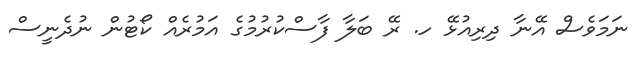
ނަމަވެސް އޭނާ ދިރިއުޅޭ ހ. ރޭ ބަލާ ފާސްކުރުމުގެ އަމުރެއް ކޯޓުން ނުދެނީސް